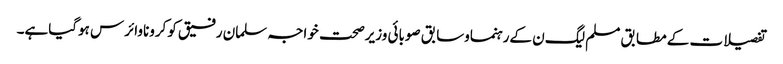
تفصیلات کے مطابق مسلم لیگ ن کےرہنماوسابق صوبائی وزیرصحت خواجہ سلمان رفیق کوکروناوائرس ہوگیاہے۔